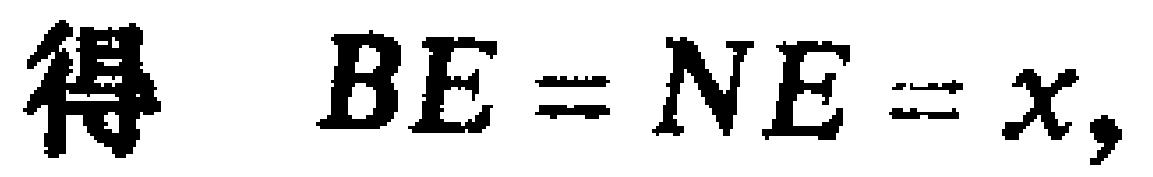
得 \(BE = NE = x,\)